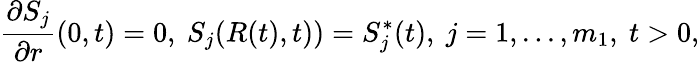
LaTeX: \frac{\partial S_{j}}{\partial r}(0,t)=0,\ S_{j}(R(t),t))=S_{j}^{*}(t),\ j=1,...,m_{1},\ t>0,